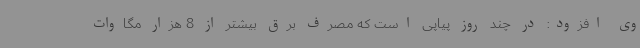
وی افزود: در چند روز پیاپی است که مصرف برق بیشتر از 8 هزار مگاوات